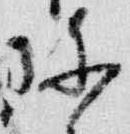
珍